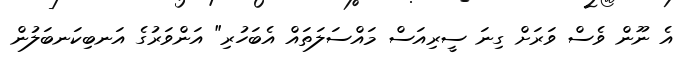
އެ ނޫން ވެސް ވަރަށް ގިނަ ސީރިއަސް މައްސަލަތައް އެބަހުރި" އަންވަރުގެ އަނބިކަނބަލުން